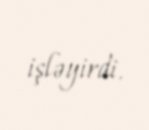
işləyirdi.